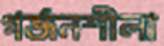
গর্জনশীলা